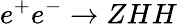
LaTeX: e^{+}e^{-}\rightarrow ZHH